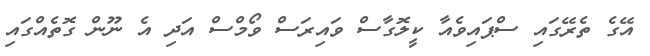
އޭގެ ތެރޭގައި ސްޕައިވެއާ ކީލޮގާސް ވައިރަސް ވޯމްސް އަދި އެ ނޫން ގޮތެއްގައި